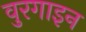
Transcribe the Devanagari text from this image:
वुरगाइन